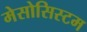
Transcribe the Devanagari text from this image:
मेसोसिस्टम